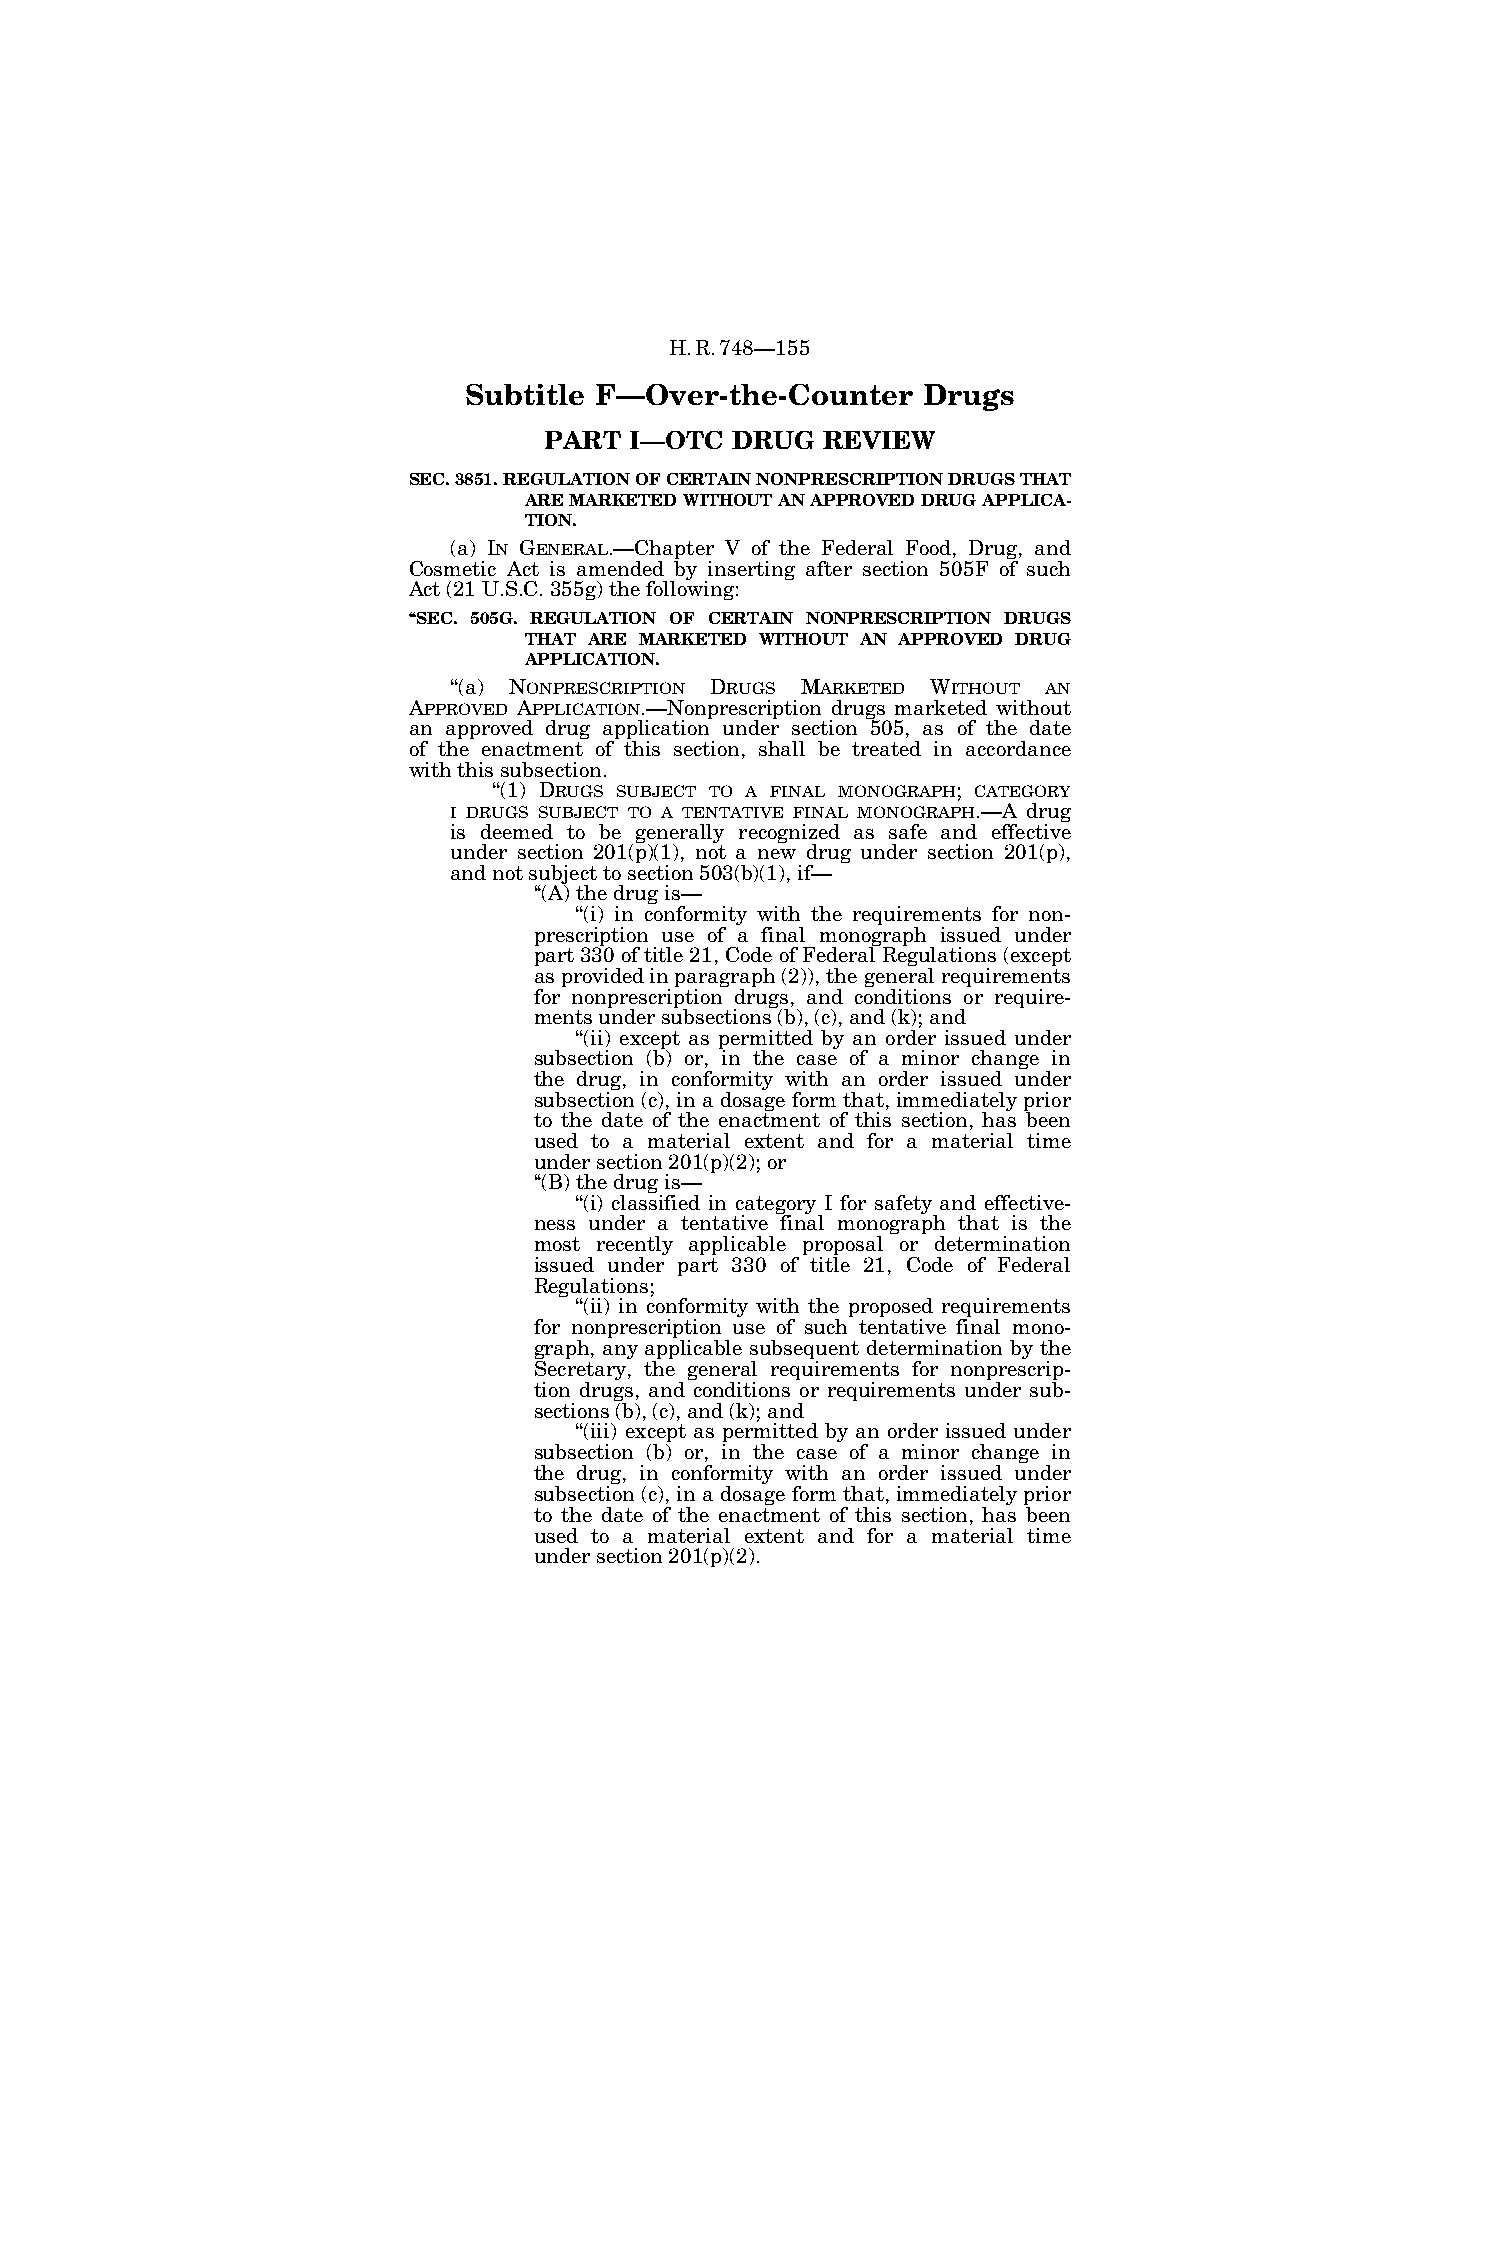
H.R.748—155
 Subtitle F—Over-the-Counter   Drugs
 PART  I—OTC DRUG  REVIEW
 SEC. 3851. REGULATION OF CERTAIN NONPRESCRIPTION DRUGS THAT
 ARE MARKETED WITHOUT AN APPROVED DRUG APPLICA-
 TION.
 (a) IN GENERAL.—Chapter V of the Federal Food, Drug, and
 Cosmetic Act is amended by inserting after section 505F of such
 Act (21 U.S.C. 355g) the following:
 ‘‘SEC. 505G. REGULATION OF CERTAIN NONPRESCRIPTION DRUGS
 THAT ARE MARKETED WITHOUT AN APPROVED DRUG
 APPLICATION.
 ‘‘(a) NONPRESCRIPTION DRUGS MARKETED WITHOUT AN
 APPROVED APPLICATION.—Nonprescription drugs marketed without
 an approved drug application under section 505, as of the date
 of the enactment of this section, shall be treated in accordance
 with this subsection.
 ‘‘(1) DRUGS SUBJECT TO A FINAL MONOGRAPH; CATEGORY
 I DRUGS SUBJECT TO A TENTATIVE FINAL MONOGRAPH.—A drug
 is deemed to be generally recognized as safe and effective
 under section 201(p)(1), not a new drug under section 201(p),
 and not subject to section 503(b)(1), if—
 ‘‘(A) the drug is—
 ‘‘(i) in conformity with the requirements for non-
 prescription use of a final monograph issued under
 part 330 of title 21, Code of Federal Regulations (except
 as provided in paragraph (2)), the general requirements
 for nonprescription drugs, and conditions or require-
 ments under subsections (b), (c), and (k); and
 ‘‘(ii) except as permitted by an order issued under
 subsection (b) or, in the case of a minor change in
 the drug, in conformity with an order issued under
 subsection (c), in a dosage form that, immediately prior
 to the date of the enactment of this section, has been
 used to a material extent and for a material time
 under section 201(p)(2); or
 ‘‘(B) the drug is—
 ‘‘(i) classified in category I for safety and effective-
 ness under a tentative final monograph that is the
 most recently applicable proposal or determination
 issued under part 330 of title 21, Code of Federal
 Regulations;
 ‘‘(ii) in conformity with the proposed requirements
 for nonprescription use of such tentative final mono-
 graph, any applicable subsequent determination by the
 Secretary, the general requirements for nonprescrip-
 tion drugs, and conditions or requirements under sub-
 sections (b), (c), and (k); and
 ‘‘(iii) except as permitted by an order issued under
 subsection (b) or, in the case of a minor change in
 the drug, in conformity with an order issued under
 subsection (c), in a dosage form that, immediately prior
 to the date of the enactment of this section, has been
 used to a material extent and for a material time
 under section 201(p)(2).